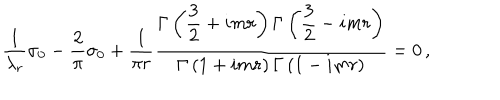
\frac { 1 } { \lambda _ { r } } \sigma _ { 0 } - \frac { 2 } { \pi } \sigma _ { 0 } + \frac { 1 } { \pi r } \frac { \displaystyle \Gamma \left( \frac { 3 } { 2 } + i m r \right) \Gamma \left( \frac { 3 } { 2 } - i m r \right) } { \displaystyle \Gamma \left( 1 + i m r \right) \Gamma \left( 1 - i m r \right) } = 0 \, ,